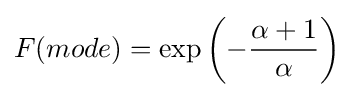
F(mode)=\exp \left(-{\frac {\alpha +1}{\alpha }}\right)